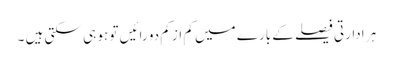
ہر ادارتی فیصلے کے بارے میں کم از کم دو رائیں تو ہو ہی سکتی ہیں ۔